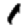
Digit: 1